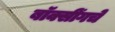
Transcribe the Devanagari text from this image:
बॉक्सींगचे